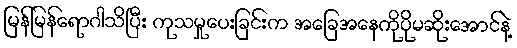
မြန်မြန်ရောဂါသိပြီး ကုသမှုပေးခြင်းက အခြေအနေကိုပိုမဆိုးအောင်နဲ့